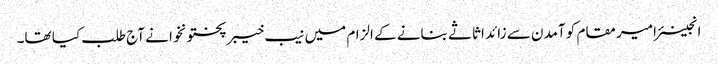
انجینئر امیر مقام کو آمدن سے زائد اثاثے بنانے کے الزام میں نیب خیبرپختونخوا نے آج طلب کیا تھا۔